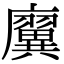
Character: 㢞